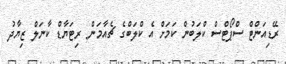
ރޭޑިއަންޓް ސްޕޯޓްސް ކްލަބުން ކަމަށް އެ ކްލަބްގެ ޗެއާމަން